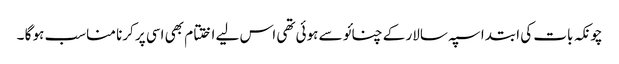
چونکہ بات کی ابتدا سپہ سالار کے چنائو سے ہوئی تھی اس لیے اختتام بھی اسی پر کرنا مناسب ہو گا ۔